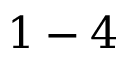
1 - 4